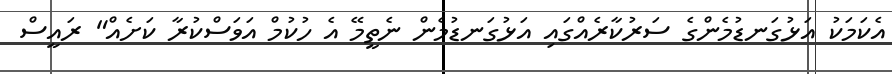
އެކަމަކު އަޅުގަނޑުމެންގެ ސަރުކާރެއްގައި އަޅުގަނޑުމެން ނެތީމޭ އެ ހުކުމް އަވަސްކުރާ ކަށެއް" ރައީސް